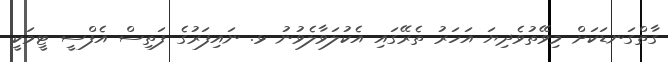
ގާތްގަނޑަކަށް މިވޭތުވެދިޔަ އަހަރު ތެރޭގައި އެކުލަވާލެވުނު ޅ. ނައިފަރުގެ ފަތިސް އެފްސީ ޓީމަކީ